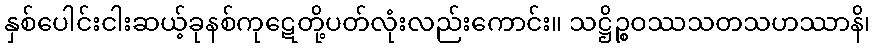
နှစ်ပေါင်းငါးဆယ့်ခုနစ်ကုဋေတို့ပတ်လုံးလည်းကောင်း။ သဋ္ဌိဉ္စဝဿသတသဟဿာနိ၊